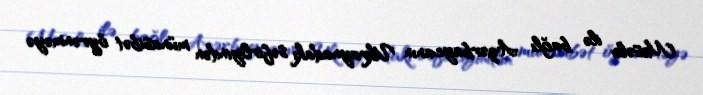
Məsələ ilə bağlı Azərbaycanın Ukraynadakı səfirliyindən münasibət öyrənməyə